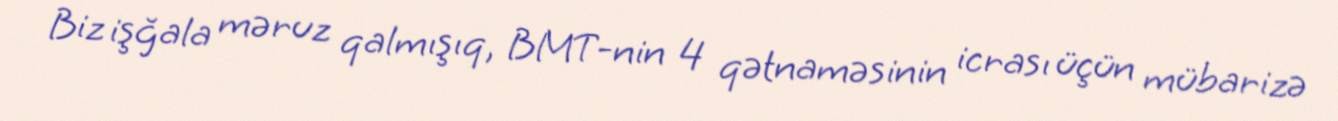
Biz işğala məruz qalmışıq, BMT-nin 4 qətnaməsinin icrası üçün mübarizə